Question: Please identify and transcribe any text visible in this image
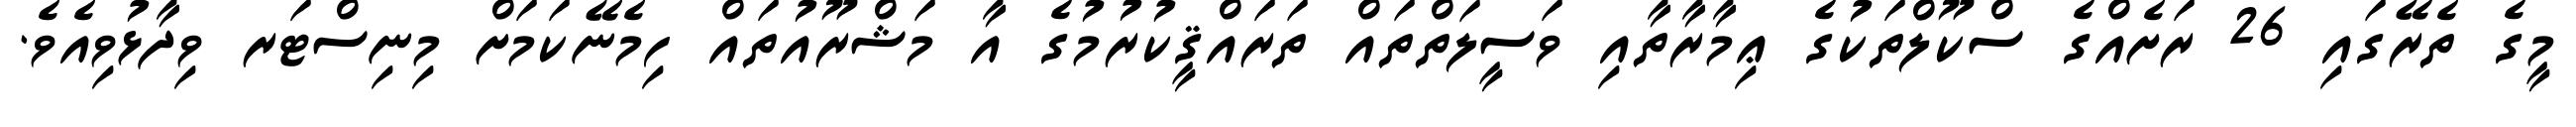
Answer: މީގެ ތެރޭގައި 26 ރަށެއްގެ ސްކޫލްތަކުގެ ޢިމާރާތާއި ވަސީލަތްތައް ތަރައްޤީކުރުމުގެ އާ މަޝްރޫއުތައް ހިމެނޭކަމަށް މިނިސްޓަރ ވިދާޅުވިއެވެ.